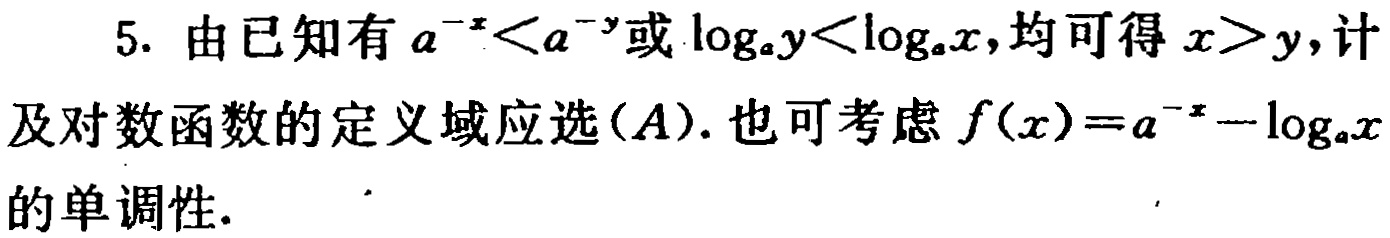
5. 由已知有 \(a^{-x}<a^{-y}\)或\(\log_{a}y<\log_{a}x\),均可得\(x > y\),计及对数函数的定义域应选\((A)\).也可考虑\(f(x)=a^{-x}-\log_{a}x\)的单调性.